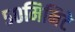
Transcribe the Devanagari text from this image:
५०मिनिटे